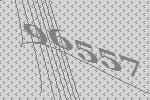
96557